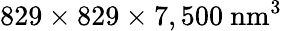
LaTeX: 829\times 829\times 7,500\ \mathrm{{nm^{3}}}